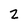
Character: 2